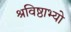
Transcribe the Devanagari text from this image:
श्रविष्ठाभ्यो